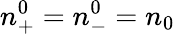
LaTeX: n_{+}^{0}=n_{-}^{0}=n_{0}